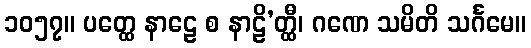
၁၀၅၇။ ပတ္ထေ နာဠေ စ နာဠိ’တ္ထီ၊ ဂဏေ သမိတိ သင်္ဂမေ။